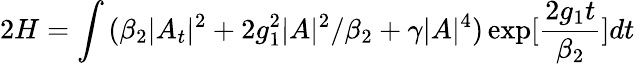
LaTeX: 2H=\int{(\beta_{2}|A_{t}|^{2}+2g_{1}^{2}|A|^{2}/\beta_{2}+\gamma|A|^{4})\exp[\frac{2g_{1}t}{\beta_{2}}]dt}